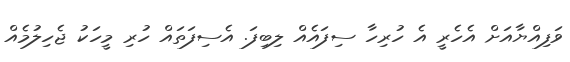
ވަފިއްޔާއަށް އެހެރީ އެ ހުރިހާ ސިފައެއް ލިބިފަ. އެސިފަތައް ހުރި މީހަކު ޖެހިލުމެއް